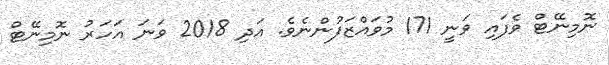
ނޮމިނޭޓް ވެފައި ވަނީ 171 މުވައްޒަފުންނެވެ. އަދި 2018 ވަނަ އަހަރު ނޮމިނޭޓް